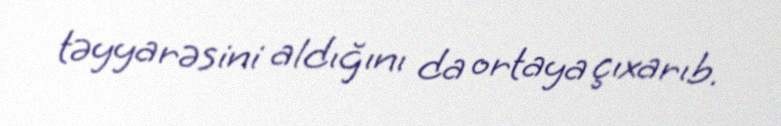
təyyarəsini aldığını da ortaya çıxarıb.